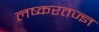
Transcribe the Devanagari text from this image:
लष्करतज्ज्ञ